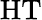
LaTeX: \mathrm{HT}